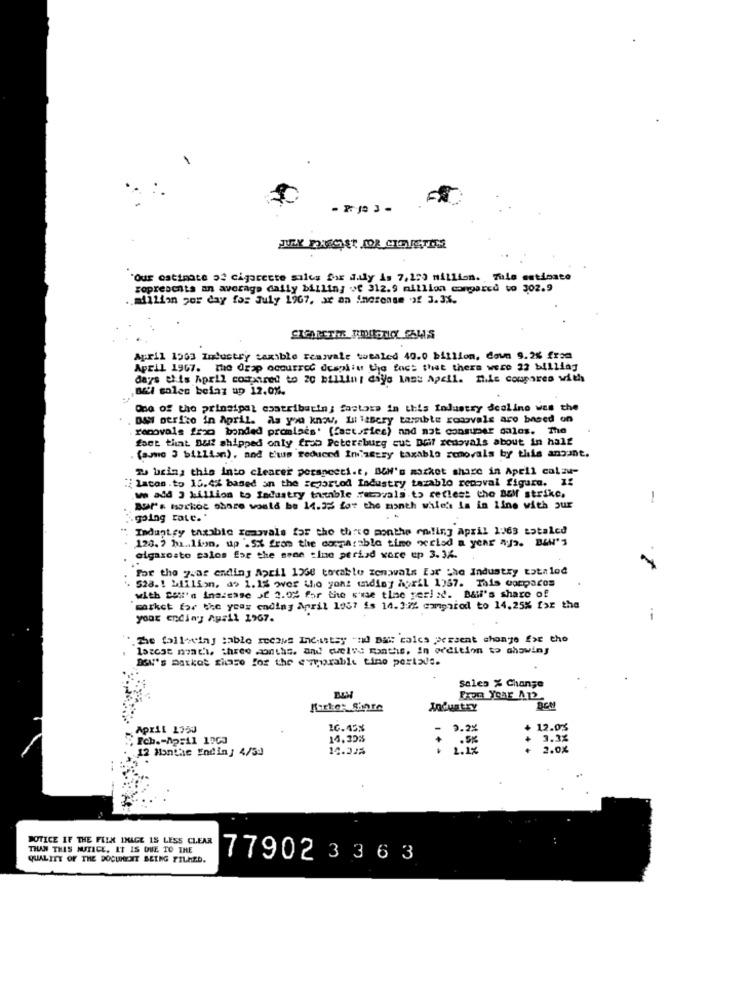
"Our ostinate o cigarette sales for daly is 7,159 million. Tule estimate
gopresents an average daily billing ve 312.9 million compared to 302.9
.. million por day for July 1967. xx an increase of 3.3%.
April 1963 Industry taxible Feavvale sealed 40.0 billion, down 9.2% from
April 1967. the drap occurred despiiu the fact that there were 22 billiag
days et is April compared to 20 billini diye lass Apell. n.le corporeo with
Bil sales beiaz up 12.08.
One of the principal contriburin; factors in this Industry seoline wes the
DANI perito in April. As you know, Il lasery tammible ronovals are based on
removals [20 bonded promises' (fast.sice) nad nat consumer galos. The
fact that Dall shipped only frob Petersburg cut Drif removals about in half
(sumo 3 billion), and thus reduced Infantry taxable removals by this anyant.
Tu being this into clearer perspecti.t, BON's market share in Apell calzu-
"lacos.to 15.4% based on the reportod Industry tazablo recoval figure. 1:
w add J hillion to Industry truthble webovals to reflect the BEM strike.
1
Bur's hockoc share would be 14.3% for the month wile's is in line with jur
going rate."
Industry taxabic removals for the three months en!ing April 1963 sataled
120. 7 ha .. lion, up -5% from the comparable time xclad a year aya. BIN's
algarosto calos for the sson tine periad vore up 3.34.
For the year ending April 1260 tocaklo zonwals For 'he Industry totalod
528. 1 Million, a> 1.1% over tio yont undiny April 1357. This compares
with con'n inaisase JE 2.02 for the s'use tlae geri :d. Bali's share of
market for the year ending April 1057 is 14.1:22 compared to 14,25% for the
your Endingy Ausll 1967.
--
The following table recaws Inc.istsy -nd Dai: calcs persent change for the
latest noti, three months, and quelwe months, in addition to showing
BON's Datkot share for the e morable time portsus.
sales % Change
Faon Year_AT2
Karke: Share
Industry
BEM
APILL 1750
10. 45%
3.2%
12.0%
14.30%
3.3%
12 MonDie Endin ] 4/30
14.33%
2.0%
NOTICE IF THE FELX INAGE IS LESS CLEAR
TIUN THIS WUTICE. IT IS DUE TO THE
QUALITY OF THE DOCUMENT BEING FILMED.
77902 3 363